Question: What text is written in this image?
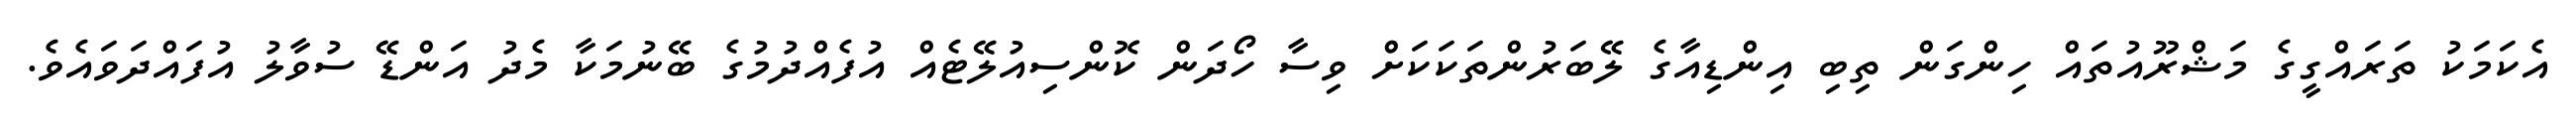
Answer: އެކަމަކު ތަރައްގީގެ މަޝްރޫއުތައް ހިންގަން ތިބި އިންޑިއާގެ ލޭބަރުންތަކަކަށް ވިސާ ހޯދަން ކޮންސިއުލޭޓެއް އުފެއްދުމުގެ ބޭނުމަކާ މެދު އަންޑޭ ސުވާލު އުފައްދަވައެވެ.